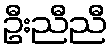
ဦးညီညီ